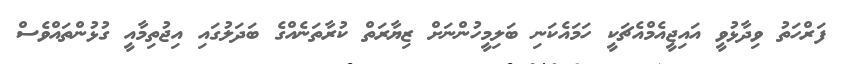
ފަރްހަތު ވިދާޅުވީ އައިޖީއެމްއެޗަކީ ހަމައެކަނި ބަލިމީހުންނަށް ޒިޔާރަތް ކުރާތަނެއްގެ ބަދަލުގައި އިޖުތިމާއީ ގުޅުންތައްވެސް